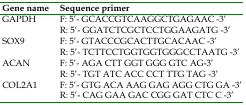
| Gene name | Sequence primer |
 | --- | --- |
 | <ROWSPAN=2> GAPDH | F: 5'- GCACCGTCAAGGCTGAGAAC -3' |
 | R: 5'- GGATCTCGCTCCTGGAAGATG -3' |
 | <ROWSPAN=2> SOX9 | F: 5'- GTACCCGCACTTGCACAAC -3' |
 | R: 5'- TCTTCCTGGTGGTGGGCCTAATG -3' |
 | <ROWSPAN=2> ACAN | F: 5'- AGA CTT GGT GGG GTC AG-3' |
 | R: 5'- TGT ATC ACC CCT TTG TAG -3' |
 | <ROWSPAN=2> COL2A1 | F: 5'- GTG ACA AAG GAG AGG CTG GA -3' |
 | R: 5'- CAG GAA GAC CGG GAT CTC C -3' |